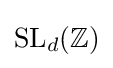
\mathrm {SL} _{d}(\mathbb {Z} )